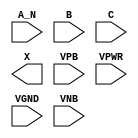
module sky130_fd_sc_ms__and3b (
    //# {{data|Data Signals}}
    input  A_N ,
    input  B   ,
    input  C   ,
    output X   ,

    //# {{power|Power}}
    input  VPB ,
    input  VPWR,
    input  VGND,
    input  VNB
);
endmodule